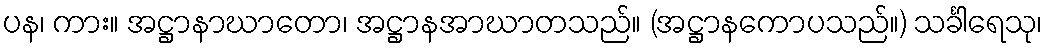
ပန၊ ကား။ အဋ္ဌာနာဃာတော၊ အဋ္ဌာနအာဃာတသည်။ (အဋ္ဌာနကောပသည်။) သင်္ခါရေသု၊